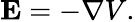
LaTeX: \mathbf{E}=-\nabla V.